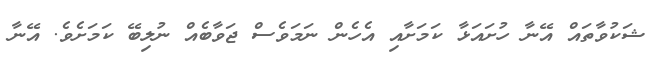
ޝަކުވާތައް އޭނާ ހުށައަޅާ ކަމަށާއި އެހެން ނަމަވެސް ޖަވާބެއް ނުލިބޭ ކަމަށެވެ. އޭނާ